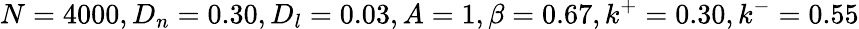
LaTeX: N=4000,D_{n}=0.30,D_{l}=0.03,A=1,\beta=0.67,k^{+}=0.30,k^{-}=0.55